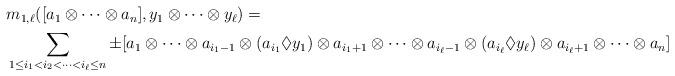
LaTeX: \begin{align*}\begin{aligned}\ &m_{1,\ell}([a_1\otimes\dots\otimes a_n], y_1\otimes\dots \otimes y_\ell)=\\&\sum_{\substack{1\le i_1<i_2<\dots<i_\ell\le n}}\pm[a_1\otimes\dots\otimes a_{i_1-1}\otimes (a_{i_1}\lozenge y_1)\otimes a_{i_1+1}\otimes\dots \otimes a_{i_\ell-1}\otimes (a_{i_\ell}\lozenge y_\ell)\otimes a_{i_\ell+1}\otimes\dots\otimes a_n]\end{aligned}\end{align*}